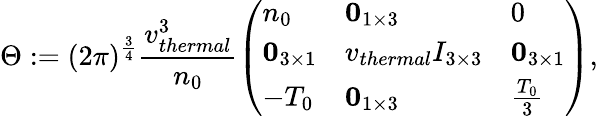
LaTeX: \Theta:=(2\pi)^{\frac{3}{4}}\frac{v_{thermal}^{3}}{n_{0}}\left(\begin{array}{lll}{n_{0}}&{\mathbf{0}_{1\times 3}}&{0}\\ {\mathbf{0}_{3\times 1}}&{v_{thermal}I_{3\times 3}}&{\mathbf{0}_{3\times 1}}\\ {-T_{0}}&{\mathbf{0}_{1\times 3}}&{\frac{T_{0}}{3}}\end{array}\right),